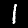
Digit: 1